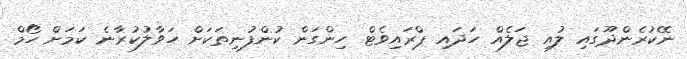
ނޭކުރެންދޫގައި ލުއި ޖަލެއް ހަދައި ޕްރައިވެޓް ހިންގަން ކުންފުނިތަކަށް ހަވާލުކުރާނެ ކަމަށް ހޯމް